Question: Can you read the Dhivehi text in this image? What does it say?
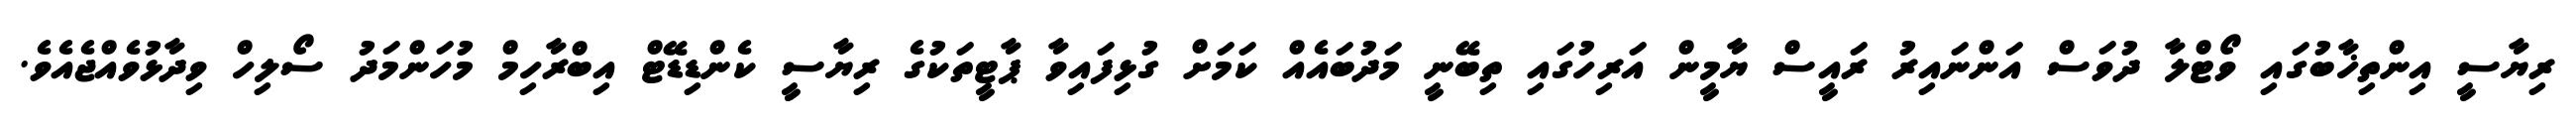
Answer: ރިޔާސީ އިންތިޚާބުގައި ވޯޓްލާ ދުވަސް އަންނައިރު ރައީސް ޔާމީން އަރިހުގައި ތިބޭނީ މަދުބައެއް ކަމަށް ގުޅިފައިވާ ޕާޓީތަކުގެ ރިޔާސީ ކެންޑިޑޭޓް އިބްރާހިމް މުހަންމަދު ސޯލިހް ވިދާޅުވެއްޖެއެވެ.